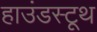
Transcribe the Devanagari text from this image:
हाउंडस्टूथ